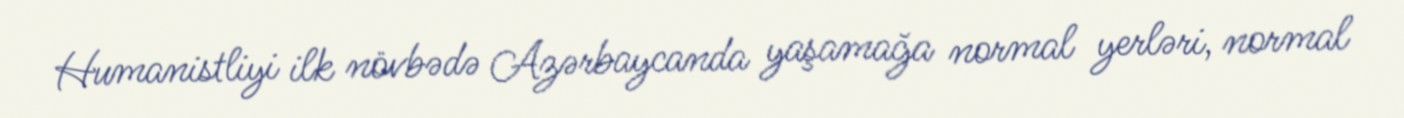
Humanistliyi ilk növbədə Azərbaycanda yaşamağa normal yerləri, normal